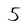
Character: 5